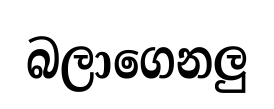
බලාගෙනලු